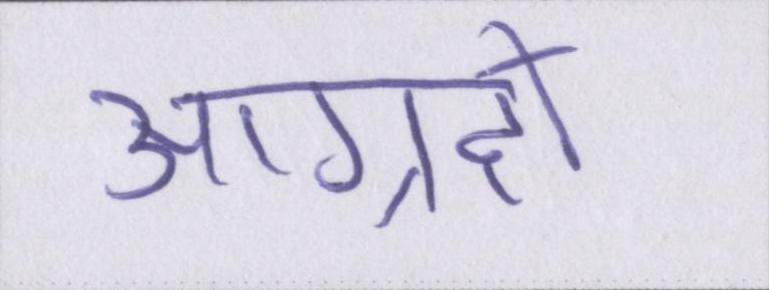
आग्रहों